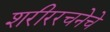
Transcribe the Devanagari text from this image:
शरीररचनेचे